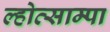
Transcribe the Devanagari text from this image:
ल्होत्साम्पा